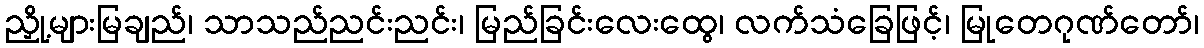
ညှို့များမြချည်၊ သာသည်ညင်းညင်း၊ မြည်ခြင်းလေးထွေ၊ လက်သံခြေဖြင့်၊ မြုတေဂုဏ်တော်၊